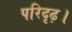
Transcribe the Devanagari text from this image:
परिदृढ़।